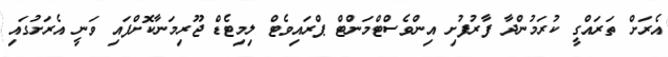
އެރަށް ތަރައްގީ ކުރަމުންދާ ފާރުފުށި އިންވެސްޓްމަންޓް ޕްރައިވެޓް ލިމިޓެޑް ޖޫރިމަނާކޮށްފައި ވަނީ އެރަށުގައި